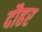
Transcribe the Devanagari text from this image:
दौहर